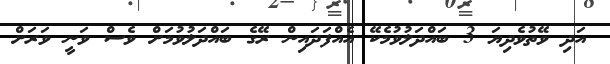
އަދި ވޭތުވެދިޔަ 3 ބައްދަލުވުމެކޭ އެއްފަދައިން ރޭގެ ބައްދަލުވުމަށް ވެސް ވަނީ ވަރަށް